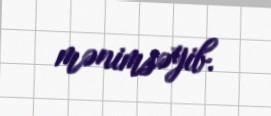
mənimsəyib.